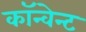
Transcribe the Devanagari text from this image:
कॉन्वेन्ट